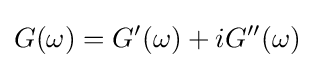
G(\omega )=G'(\omega )+iG''(\omega )